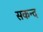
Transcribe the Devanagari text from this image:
सकन्द